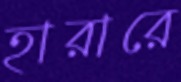
হারারে